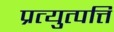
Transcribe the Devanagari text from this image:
प्रत्युत्पत्ति